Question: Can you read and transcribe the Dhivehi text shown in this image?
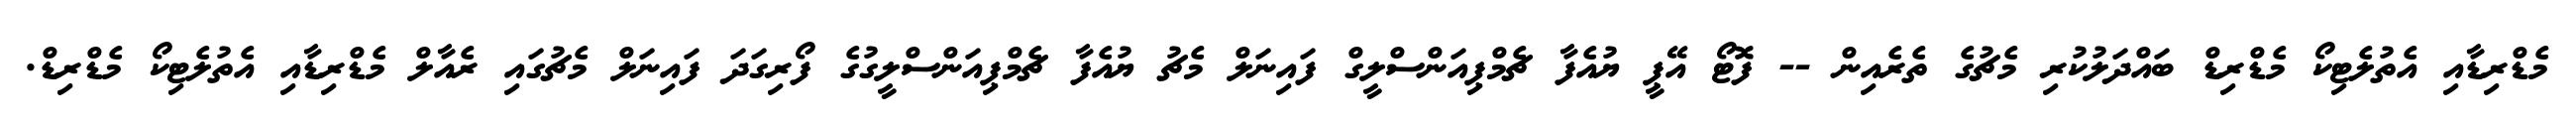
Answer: މެޑްރިޑާއި އެތުލެޓިކޯ މެޑްރިޑް ބައްދަލުކުރި މެޗުގެ ތެރެއިން -- ފޮޓޯ އޭޕީ ޔުއެފާ ޗެމްޕިއަންސްލީގް ފައިނަލް މެޗު ޔުއެފާ ޗެމްޕިއަންސްލީގުގެ ފޯރިގަދަ ފައިނަލް މެޗުގައި ރެއާލް މެޑްރިޑާއި އެތުލެޓިކޯ މެޑްރިޑް.